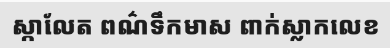
ស្កាលែត ពណ៌ទឹកមាស ពាក់ស្លាកលេខ